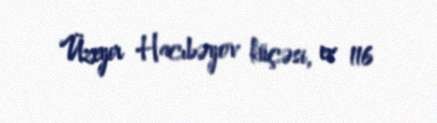
Üzeyir Hacıbəyov küçəsi, ev 116